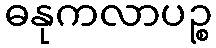
ဓနုကလာပဉ္စ